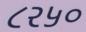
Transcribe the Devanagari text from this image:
८२५०